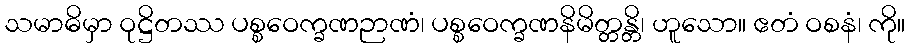
သမာဓိမှာ ဝုဋ္ဌိတဿ ပစ္စဝေက္ခဏဉာဏံ၊ ပစ္စဝေက္ခဏနိမိတ္တန္တိ၊ ဟူသော။ ဧတံ ဝစနံ၊ ကို။